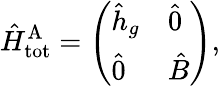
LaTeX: \hat{H}_{\mathrm{tot}}^{\mathrm{A}}=\left(\begin{array}{ll}{\hat{h}_{g}}&{\hat{0}}\\ {\hat{0}}&{\hat{B}}\end{array}\right),